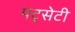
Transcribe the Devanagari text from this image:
पट्सेटी